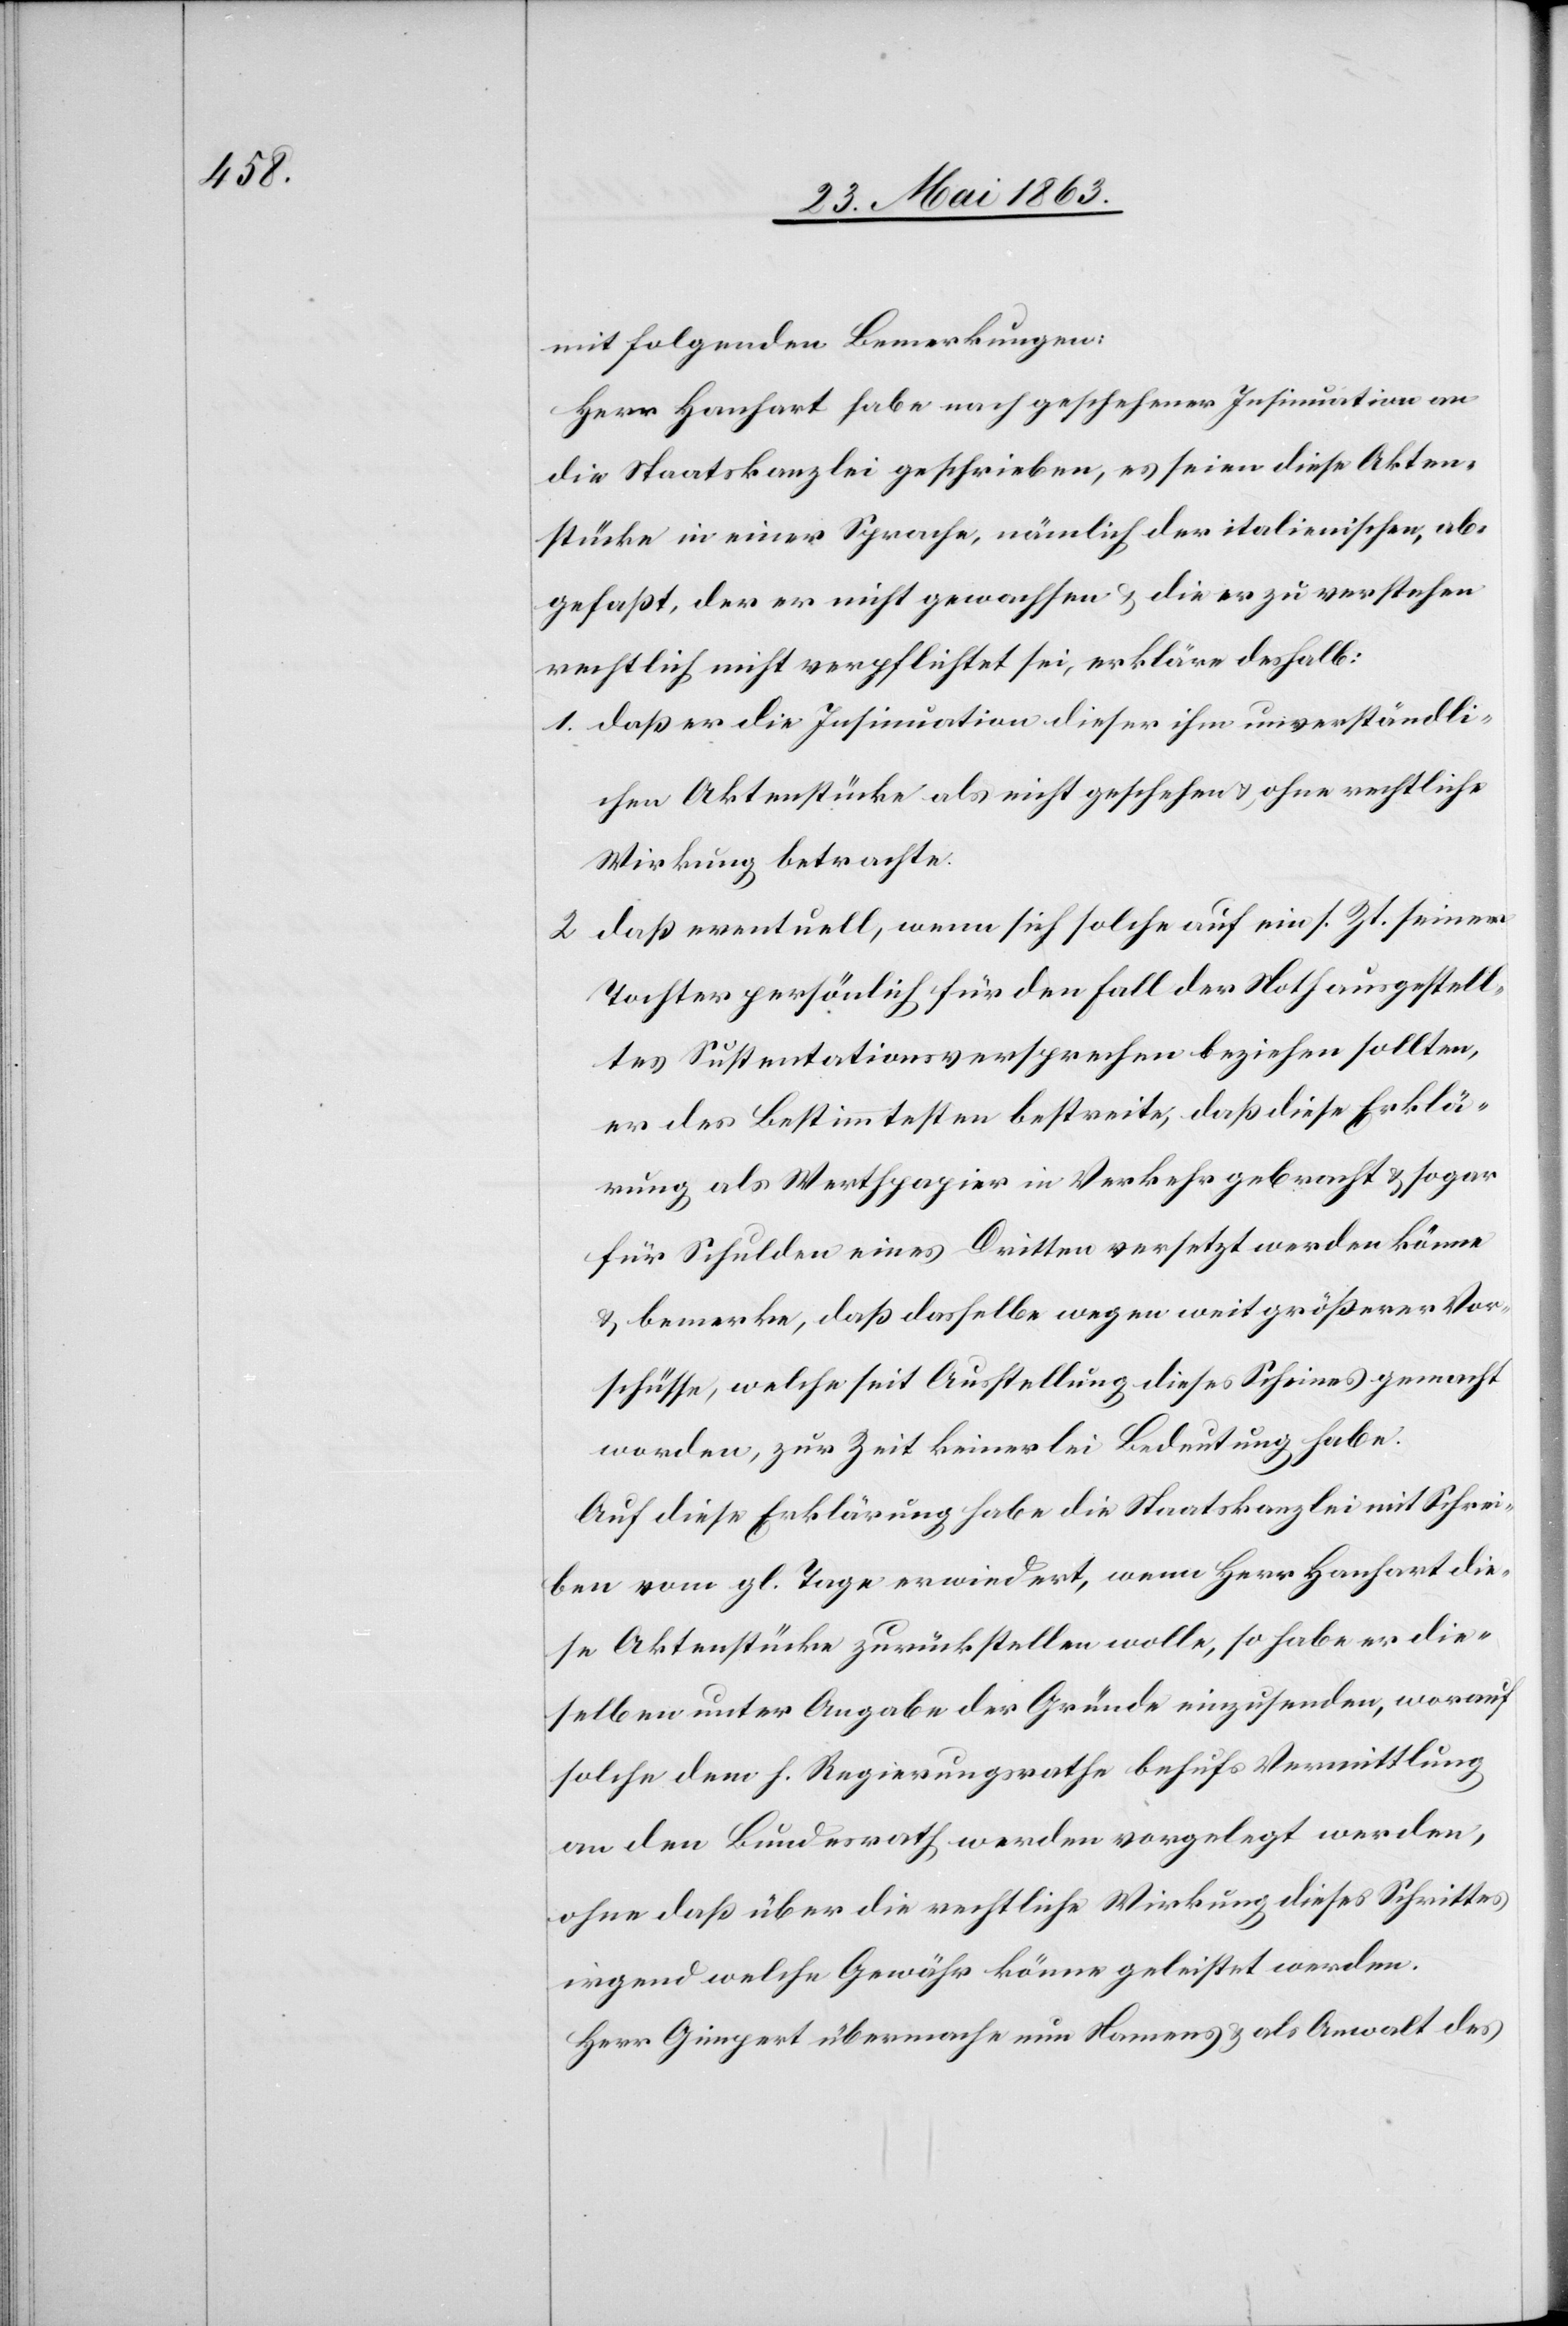
mit folgenden Bemerkungen:
Herr Hanhart habe nach geschehener Insinuation an
die Staatskanzlei geschrieben, es seien diese Akten¬
stücke in einer Sprache, nämlich der italienischen, ab¬
gefaßt, der er nicht gewachsen & die er zu verstehen
rechtlich nicht verpflichtet sei, erkläre deshalb:
1. daß er die Insinuation dieser ihm unverständli¬
chen Aktenstücke als nicht geschehen & ohne rechtliche
Wirkung betrachte.
2. daß eventuell, wenn sich solche auf ein s. Zt. seiner
Tochter persönlich für den Fall der Noth ausgestell¬
tes Sustentationsversprechen beziehen sollten,
er des Bestimmtesten bestreite, daß diese Erklä¬
rung als Werthpapier in Verkehr gebracht & sogar
für Schulden eines Dritten versetzt werden könne
& bemerke, daß dasselbe wegen weit größerer Vor¬
schüsse, welche seit Ausstellung dieses Scheines gemacht
worden, zur Zeit keinerlei Bedeutung habe.
Auf diese Erklärung habe die Staatskanzlei mit Schrei¬
ben vom gl. Tage erwiedert, wenn Herr Hanhart die¬
se Aktenstücke zurückstellen wolle, so habe er die¬
selben unter Angabe der Gründe einzusenden, worauf
solche dem h. Regierungsrathe behufs Vermittlung
an den Bundesrath werden vorgelegt werden,
ohne daß über die rechtliche Wirkung dieses Schrittes
irgend welche Gewähr könne geleistet werden.
Herr Gimpert übermache nun Namens & als Anwalt des